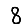
Digit: 8